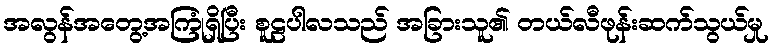
အလွန်အတွေ့အကြုံရှိပြီး စူဠပါလသည် အခြားသူ၏ တယ်လီဖုန်းဆက်သွယ်မှု